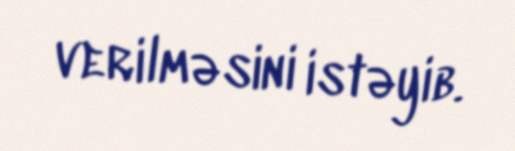
verilməsini istəyib.